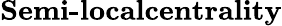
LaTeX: \textbf{Semi-localcentrality}